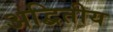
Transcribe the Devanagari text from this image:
अद्बितीय